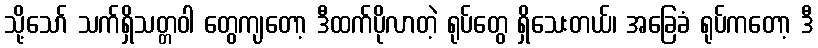
သို့သော် သက်ရှိသတ္တဝါ တွေကျတော့ ဒီထက်ပိုလာတဲ့ ရုပ်တွေ ရှိသေးတယ်၊ အခြေခံ ရုပ်ကတော့ ဒီ